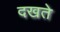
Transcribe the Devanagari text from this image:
दखते